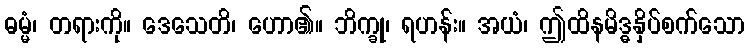
ဓမ္မံ၊ တရားကို။ ဒေသေတိ၊ ဟော၏။ ဘိက္ခု၊ ရဟန်း။ အယံ၊ ဤထိနမိဒ္ဓနှိပ်စက်သော